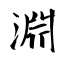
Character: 淵